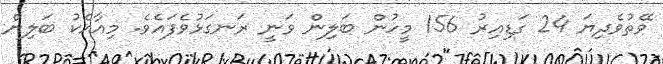
ވޭތުވެދިޔަ 24 ގަޑިއިރު 156 މީހުން ބަލިން ވަނީ ރަނގަޅުވެފައެވެ. މިއާއެކު ބަލިން